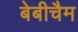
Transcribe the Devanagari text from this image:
बेबीचैम